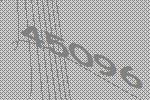
45096